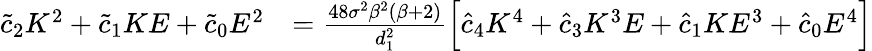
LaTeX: \begin{array}{rl}{\tilde{c}_{2}K^{2}+\tilde{c}_{1}KE+\tilde{c}_{0}E^{2}}&{=\frac{48\sigma^{2}\beta^{2}(\beta+2)}{d_{1}^{2}}\Big[\hat{c}_{4}K^{4}+\hat{c}_{3}K^{3}E+\hat{c}_{1}KE^{3}+\hat{c}_{0}E^{4}\Big]}\end{array}